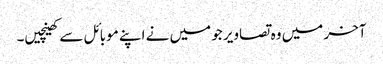
آخر میں وہ تصاویر جو میں نے اپنے موبائل سے کھینچیں۔